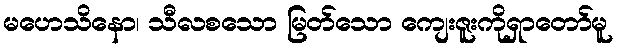
မဟေသိနော၊ သီလစသော မြတ်သော ကျေးဇူးကိုရှာတော်မူ